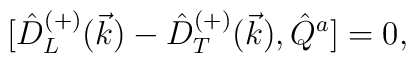
{[}\hat{D}^{(+)}_L(\vec{k})-\hat{D}^{(+)}_T(\vec{k}),\hat{Q}^a]=0,